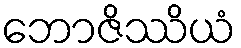
ဘောဇိဿိယံ